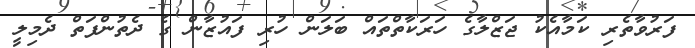
ފަރުވާތެރި ކަމާއެކު ޖަޒްލާގެ ހަރަކާތްތައް ބަލަން ހުރި ފައުޒާން ގެ ދެތުންފަތް ދެމިލީ